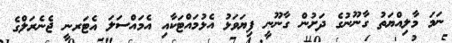
ނަމަ މާލިއްޔަތު ގާނޫނުގެ ދަށުން ގާނޫނީ ފިޔަވަޅު އެޅުމައްޓަކާއި އެމައްސަލަ އެޓަރނީ ޖެނެރަލްގެ